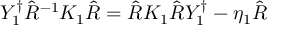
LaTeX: Y _ { 1 } ^ { \dagger } \hat { R } ^ { - 1 } K _ { 1 } \hat { R } = \hat { R } K _ { 1 } \hat { R } Y _ { 1 } ^ { \dagger } - \eta _ { 1 } \hat { R }